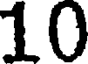
10